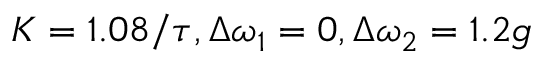
K = 1 . 0 8 / \tau , \Delta \omega _ { 1 } = 0 , \Delta \omega _ { 2 } = 1 . 2 g